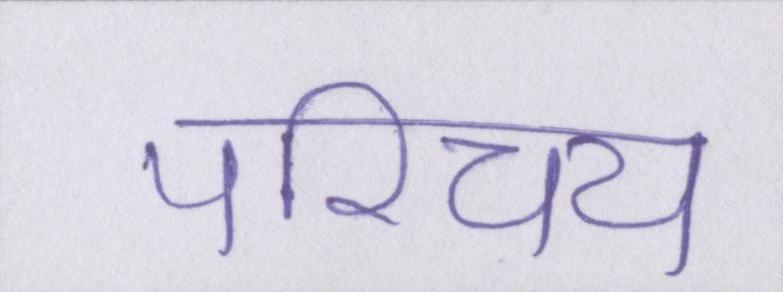
परिचय